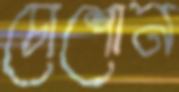
চোশোন